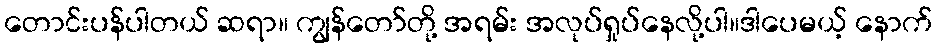
တောင်းပန်ပါတယ် ဆရာ။ ကျွန်တော်တို့ အရမ်း အလုပ်ရှုပ်နေလို့ပါ။ဒါပေမယ့် နောက်